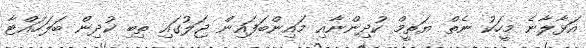
އަޅާލާނެ މީހަކު ނެތް ޔަތީމް ކުދިންނާއި މައިންބަފައިން ޖަލުގައި ތިބި ކުދިން ބަލަހައްޓާ